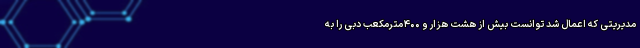
مدیریتی که اعمال شد توانست بیش از هشت هزار و ۴۰۰مترمکعب دبی را به